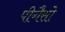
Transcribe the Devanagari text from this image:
पीगैसो